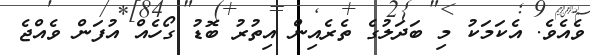
ވެއެވެ. އެކަމަކު މި ބަދަލުގެ ތެރެއިން އިތުރު ބޮޑު ގޯހެއް އުފަން ވެއްޖެ